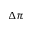
\Delta \pi